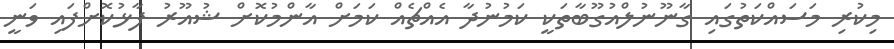
މިކުރި މަސައްކަތުގައި ގާނޫނުލްއުގޫބާތަކީ ކަމުނުދާ އެއްޗެއް ކަމަށް އާންމުކޮށް ޝުއޫރު ފާޅުކޮށްފައި ވަނީ